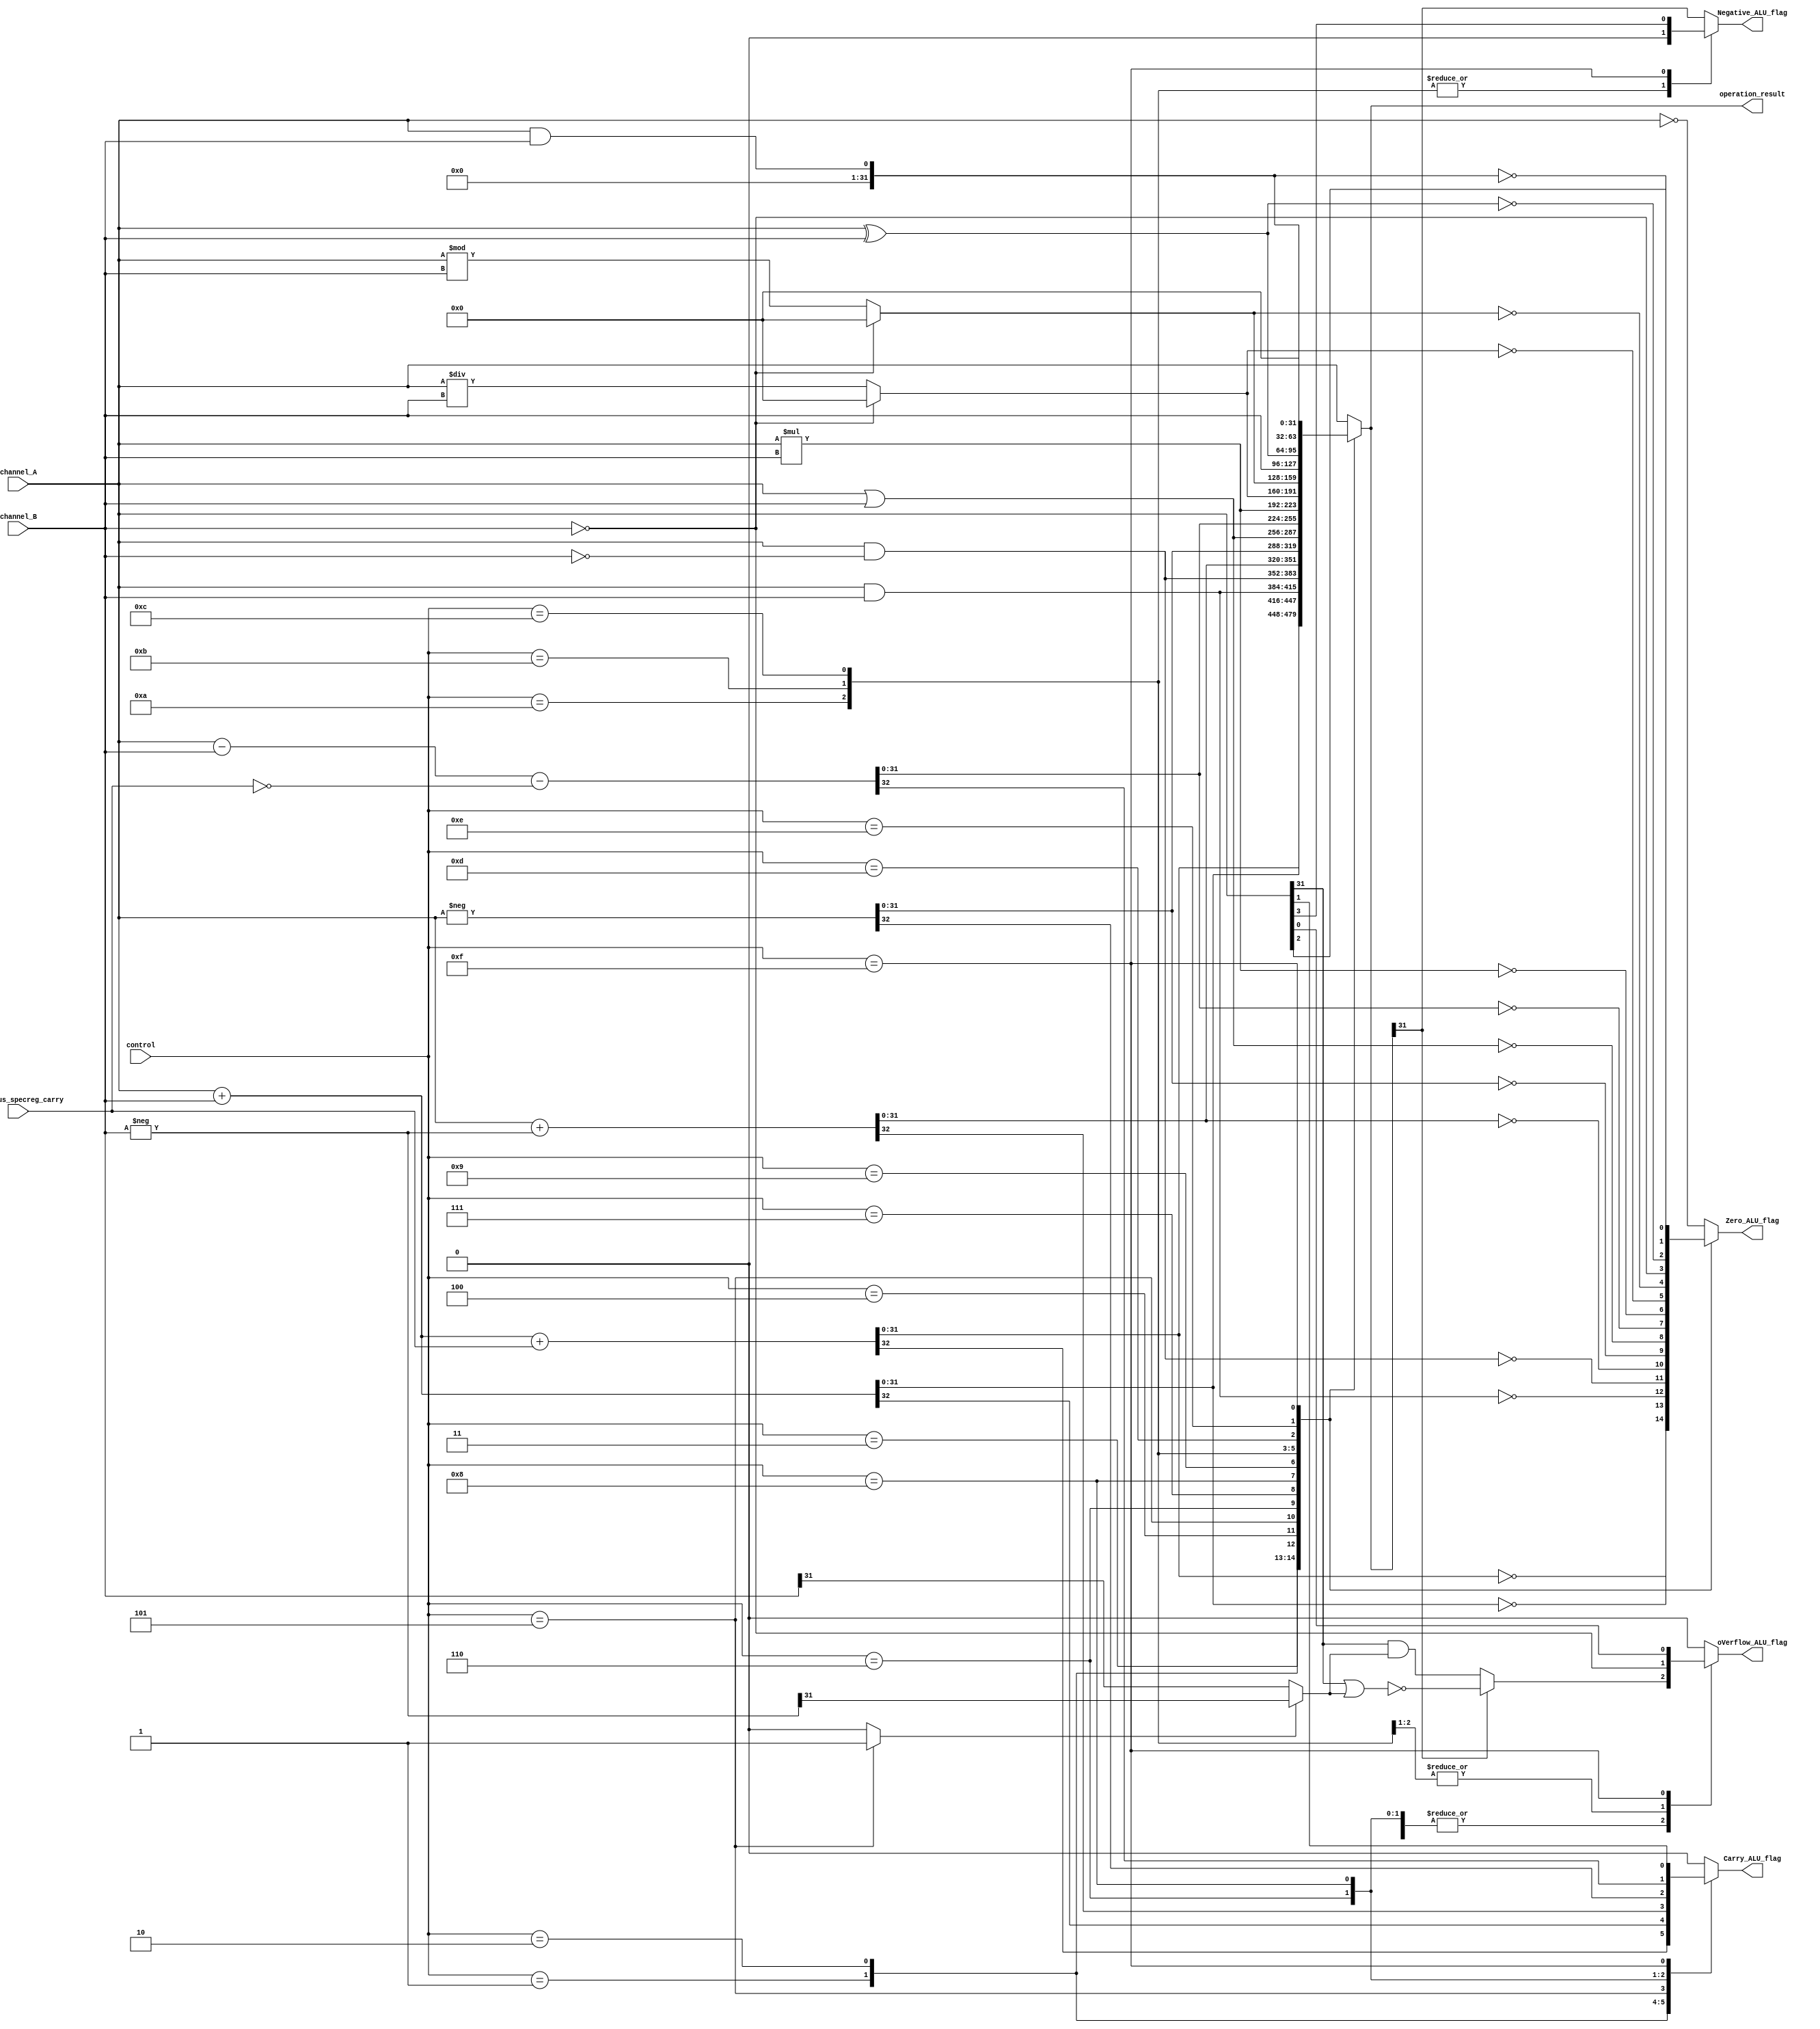
module ALU_26
#(
    parameter DATA_WIDTH = 32
)(
    input [DATA_WIDTH - 1:0] channel_A, channel_B,
    output reg [DATA_WIDTH - 1:0] operation_result,
    input [3:0] control,
    input previous_specreg_carry,
    output reg Negative_ALU_flag, Zero_ALU_flag, 
    output reg Carry_ALU_flag, oVerflow_ALU_flag
);
    wire [DATA_WIDTH - 1:0] channel_B_negative;
    wire most_significant_bit, local_overflow, channel_A_msb, channel_B_msb;
    reg use_negative_B;
    assign most_significant_bit = operation_result[DATA_WIDTH - 1];
    assign channel_A_msb = channel_A[DATA_WIDTH -1];
    assign channel_B_negative = - channel_B;
    assign channel_B_msb = use_negative_B ? channel_B_negative[DATA_WIDTH - 1] :
                                            channel_B[DATA_WIDTH -1];
    assign local_overflow =   most_significant_bit ?    !(channel_A_msb || channel_B_msb) :
                                                        channel_A_msb && channel_B_msb;
    always @ ( * ) begin
        Negative_ALU_flag = 0;
        Carry_ALU_flag = 0;
        oVerflow_ALU_flag = 0;
        use_negative_B = 0;
        operation_result = 0;
        case (control)
            1:  
            begin 
                {Carry_ALU_flag, operation_result} =  channel_A + channel_B + previous_specreg_carry;
                oVerflow_ALU_flag = local_overflow;
                Negative_ALU_flag =  most_significant_bit;
                Zero_ALU_flag = (operation_result == 0);
            end
            2:  
            begin 
                {Carry_ALU_flag, operation_result} =  channel_A + channel_B;
                oVerflow_ALU_flag = local_overflow;
                Negative_ALU_flag =  most_significant_bit;
                Zero_ALU_flag = (operation_result == 0);
            end
            3:  
            begin 
                operation_result = channel_A & channel_B;
                Negative_ALU_flag =  most_significant_bit;
                Zero_ALU_flag = (operation_result == 0);
            end
            4:  
            begin 
                operation_result = channel_A & (~channel_B);
                Negative_ALU_flag =  most_significant_bit;
                Zero_ALU_flag = (operation_result == 0);
            end
            5:  
            begin 
                use_negative_B = 1;
                {Carry_ALU_flag, operation_result} =  channel_A + channel_B_negative;
                oVerflow_ALU_flag = local_overflow;
                Negative_ALU_flag =  most_significant_bit;
                Zero_ALU_flag = (operation_result == 0);
            end
            6:  
            begin
                {Carry_ALU_flag, operation_result} =  - channel_A;
                oVerflow_ALU_flag = local_overflow;
                Negative_ALU_flag =  most_significant_bit;
                Zero_ALU_flag = (operation_result == 0);
            end
            7:  
            begin
                operation_result = channel_A | channel_B;
                Negative_ALU_flag =  most_significant_bit;
                Zero_ALU_flag = (operation_result == 0);
            end
            8:  
            begin
                {Carry_ALU_flag, operation_result} =  channel_A - channel_B - ~previous_specreg_carry;
                oVerflow_ALU_flag = local_overflow;
                Negative_ALU_flag =  most_significant_bit;
                Zero_ALU_flag = (operation_result == 0);
            end
            9:  
            begin
                operation_result = channel_A * channel_B;
                Negative_ALU_flag  =  most_significant_bit;
                Zero_ALU_flag = (operation_result == 0);
            end
            10: 
            begin 
                oVerflow_ALU_flag = (channel_B == 0);
                operation_result = (oVerflow_ALU_flag) ? 0 : channel_A / channel_B;
                Zero_ALU_flag = (operation_result == 0);
            end
            11: 
            begin
                oVerflow_ALU_flag  = (channel_B == 0);
                operation_result = (oVerflow_ALU_flag) ? 0 : channel_A % channel_B;
                Zero_ALU_flag = (operation_result == 0);
            end
            12: 
            begin
                operation_result = channel_B;
                Zero_ALU_flag = (operation_result == 0);
            end
            13: 
            begin
                operation_result = channel_A ^ channel_B;
                Negative_ALU_flag =  most_significant_bit;
                Zero_ALU_flag = (operation_result == 0);
            end
            14: 
            begin
                operation_result = channel_A && channel_B;
                Negative_ALU_flag =  most_significant_bit;
                Zero_ALU_flag = (operation_result == 0);
            end
            15: 
            begin
                Negative_ALU_flag = channel_A[3];
                Zero_ALU_flag = channel_A[2];
                Carry_ALU_flag = channel_A[1];
                oVerflow_ALU_flag = channel_A[0];
            end
            default:    
            begin 
                operation_result = channel_A;
                Negative_ALU_flag = most_significant_bit;
                Zero_ALU_flag = (operation_result == 0);
            end
        endcase
    end
endmodule